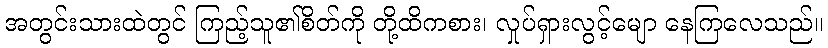
အတွင်းသားထဲတွင် ကြည့်သူ၏စိတ်ကို တို့ထိကစား၊ လှုပ်ရှားလွင့်မျော နေကြလေသည်။